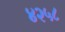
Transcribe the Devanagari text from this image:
४२५८